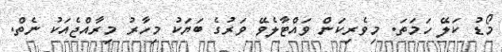
މޯޑު ކަލޭ ހަމަތަ. މިވެރިކަން ވައްޓާލެވޭ ވަރުގެ ބަޔަކު މިހާރު މިރާއްޖެއަކު ނެތް.